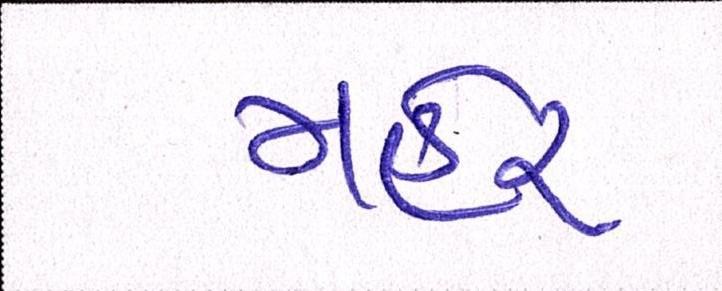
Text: મહેર